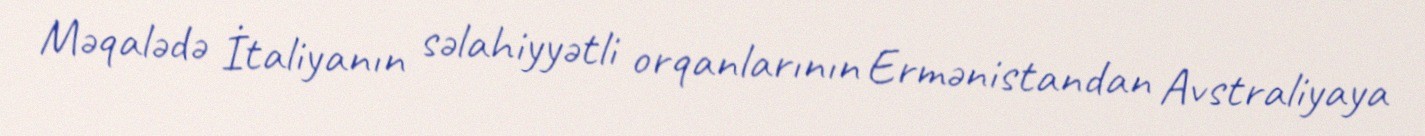
Məqalədə İtaliyanın səlahiyyətli orqanlarının Ermənistandan Avstraliyaya